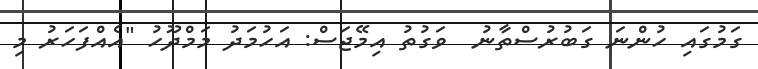
ގަމުގައި ހުންނަ ގަބުރުސްތާނު  ވަގުތު އިމޭޖަސް: އަހުމަދު މަމްދޫހު "އެއްފަހަރު މި